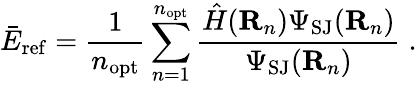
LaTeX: {\bar{E}}_{\mathrm{ref}}=\frac 1{n_{\mathrm{opt}}}\sum_{n=1}^{n_{\mathrm{opt}}}\frac{\hat{H}({\mathbf R}_{n})\Psi_{\mathrm{SJ}}({\mathbf R}_{n})}{\Psi_{\mathrm{SJ}}({\mathbf R}_{n})}\; .